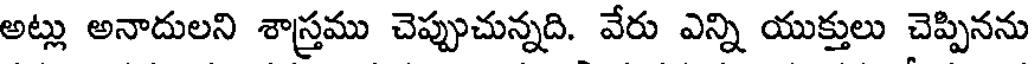
అట్లు అనాదులని శాస్త్రము చెప్పుచున్నది. వేరు ఎన్ని యుక్తులు చెప్పినను